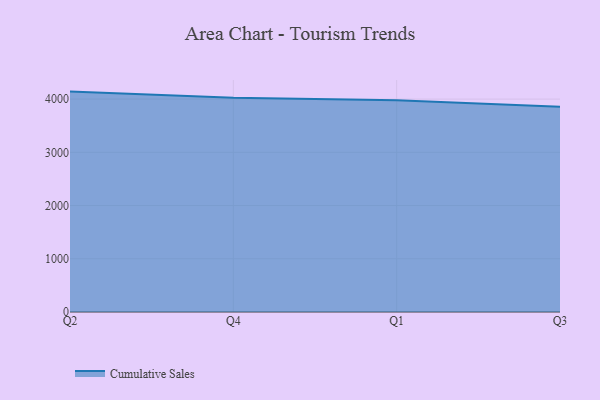
{"axis": {"x": "Quarter", "y": "Inventory Turnover"}, "legend": ["Cumulative Sales"], "data": [{"x": "Q2", "y": 4141.2, "type": "Cumulative Sales"}, {"x": "Q4", "y": 4025.4, "type": "Cumulative Sales"}, {"x": "Q1", "y": 3979.3, "type": "Cumulative Sales"}, {"x": "Q3", "y": 3856.5, "type": "Cumulative Sales"}]}